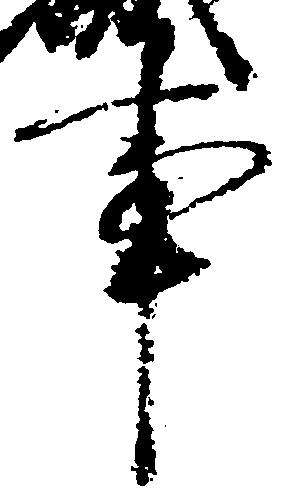
事